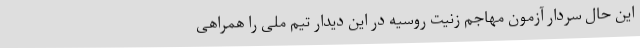
این حال سردار آزمون مهاجم زنیت روسیه در این دیدار تیم ملی را همراهی